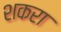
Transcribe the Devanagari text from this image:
शकरा